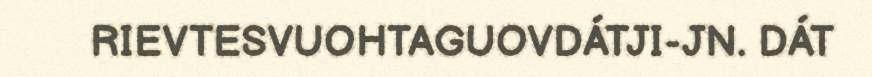
RIEVTESVUOHTAGUOVDÁTJI-JN. DÁT